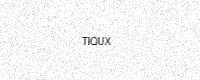
Text: TIQUX